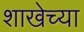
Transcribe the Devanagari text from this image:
शाखेच्‍या